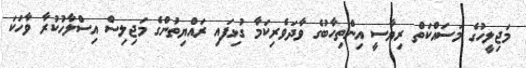
މަޖިލީހުގެ މަސައްކަތް ރިޔާސީ އިންތިހާބުގެ ވާދަވެރިކަމާ ގުޅިފައި ރައްޔިތުންގެ މަޖިލިސް އިސްލާހުކުރާ ވާހަކަ